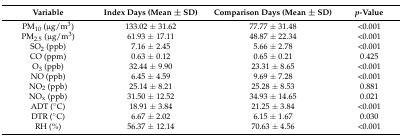
| Variable | Index Days (Mean ± SD) | Comparison Days (Mean ± SD) | p-Value |
 | --- | --- | --- | --- |
 | PM10 (μg/m3) | 133.02 ± 31.62 | 77.77 ± 31.48 | <0.001 |
 | PM2.5 (μg/m3) | 61.93 ± 17.11 | 48.87 ± 22.34 | <0.001 |
 | SO2 (ppb) | 7.16 ± 2.45 | 5.66 ± 2.78 | <0.001 |
 | CO (ppm) | 0.63 ± 0.12 | 0.65 ± 0.21 | 0.425 |
 | O3 (ppb) | 32.44 ± 9.90 | 23.31 ± 8.65 | <0.001 |
 | NO (ppb) | 6.45 ± 4.59 | 9.69 ± 7.28 | <0.001 |
 | NO2 (ppb) | 25.14 ± 8.21 | 25.28 ± 8.53 | 0.881 |
 | NOx (ppb) | 31.50 ± 12.52 | 34.93 ± 14.65 | 0.021 |
 | ADT (°C) | 18.91 ± 3.84 | 21.25 ± 3.84 | <0.001 |
 | DTR (°C) | 6.67 ± 2.02 | 6.15 ± 1.67 | 0.030 |
 | RH (%) | 56.37 ± 12.14 | 70.63 ± 4.56 | <0.001 |